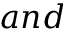
a n d